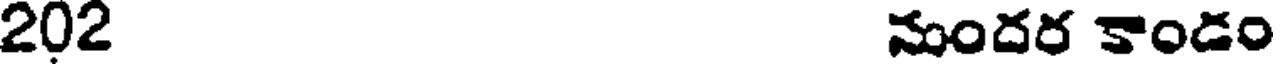
202 నుందర కాండం